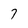
Character: 7